Indian Civil Veterinary Department memoirs
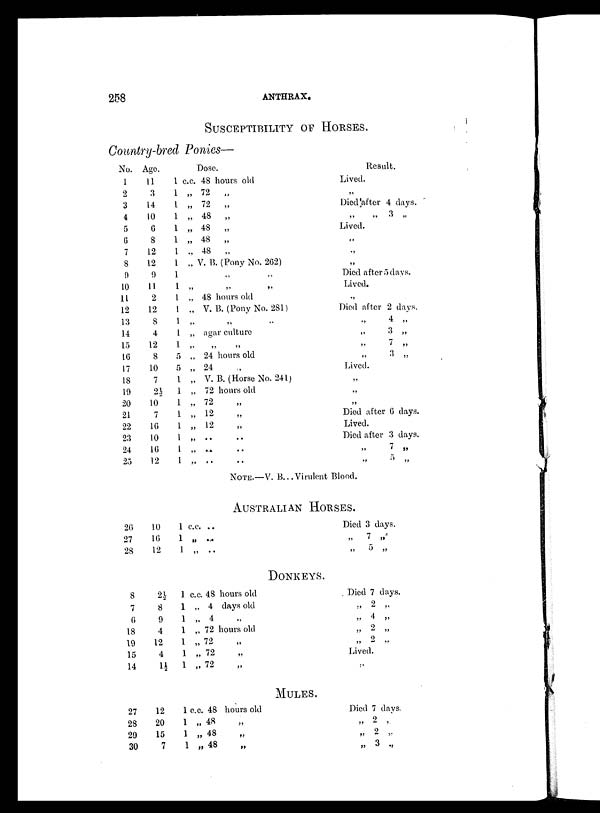
258
ANTHRAX.
SUSCEPTIBILITY OF HORSES.
Country-bred Ponies—
No.
1
2
3
4
5
6
7
8
9
10
11
12
13
14
15
16
17
18
19
20
21
22
23
24
25
Age.
11
3
14
10
6
8
12
12
9
11
2
12
8
4
12
8
10
7
2½
10
7
16
10
10
12
Dose.
1 c.c. 48hours old
1 „ 72„
1 „ 72„
1 „ 48„
1 „ 48„
1 „ 48„
1
„
48„
1 „ V. B(Pony No. 262)
1„„
1
„„„
1 „ 48 hours old
1 „ V.B. (Pony No.281)
1 „„
1 „ agar culture
1
„
„„
5 „ 24hours old
5 „ 24„
1 „ V.B. (Horse No. 241)
1 „ 72hours old
1 „
72„
1 „
12„
1 „ 12„
1
„
„..
1 „
„..
1 „
„..
Result.
Lived.
..
Died after 4 days.
„ 3 „
Lived.
„
„
„
Died after 5 days.
Lived.
„
Died after 2 days.
„ 4 „
„ 3 „
„ 7 „
„ 3 „
Lived.
„
„
„
Died after 6 days.
Lived.
Died after 3 days.
„ 7 „
„
5 „
Note.—V. B... Virulent Blood.
Australian Horses.
20
27
28
8
7
6
18
19
15
14
27
28
29
30
10
10
12
2½
8
9
4
12
4
1½
12
20
15
7
1 c.c. ..
1 „ ...
1 „ ..
1 c.c. 48
1 „ 4
1 „ 4
1 „ 72
1 „ 72
1 „ 72
1 „ 72
1 c.c. 48
1 „ 48
1 „ 48
1 „ 48
hours old
days old
„
hours old
„
„
„
hours old
„
„
„
DONKEYS.
Mules.
Died 3 days.
„
7 „
„ 5 „
Died 7 days.
„ 2 „
„ 4 „
„ 2 „
„ 2 „
Lived.
Died 7 days.
„ 2 „
„ 2 „
„ 3 „